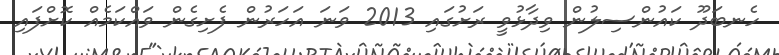
ހެނބަދޫ ކައުންސިލުން ވިދާޅުވީ ރަށުގައި 2013 ވަނަ އަހަރުން ފެށިގެން ވައްކަމެއް ކޮށްފައި